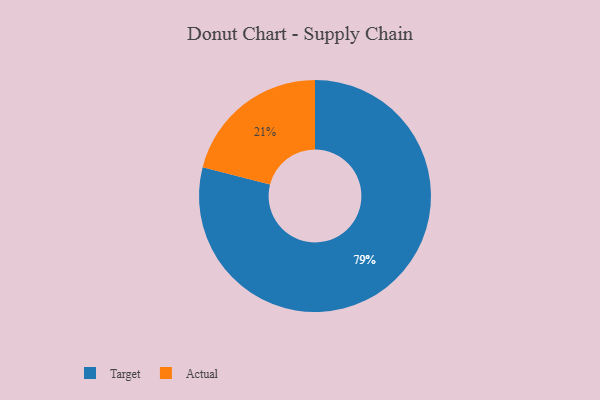
{"axis": {"x": "Category", "y": "Percentage"}, "legend": ["Actual", "Target"], "data": [{"x": "Target", "y": 79, "type": "Target"}, {"x": "Actual", "y": 21, "type": "Actual"}]}